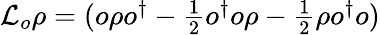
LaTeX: \begin{array}{r}{\mathcal{L}_{o}\rho=(o\rho o^{\dagger}-\frac{1}{2}o^{\dagger}o\rho-\frac{1}{2}\rho o^{\dagger}o)}\end{array}